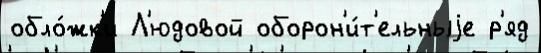
обло́жк'и Л'юдовой оборон'и́т'ельныjе р'яд